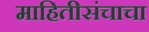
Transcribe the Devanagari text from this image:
माहितीसंचाचा